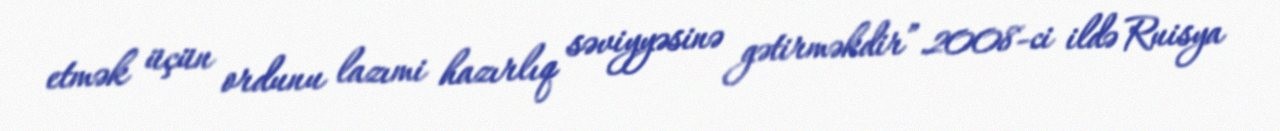
etmək üçün ordunu lazımi hazırlıq səviyyəsinə gətirməkdir”.2008-ci ildə Ruisya